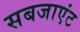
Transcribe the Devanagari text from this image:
सबजाएंट